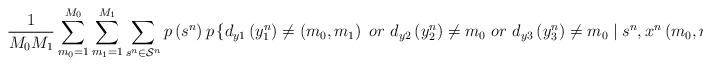
LaTeX: \begin{align*}\frac{1}{M_0M_1}\sum_{m_0=1}^{M_0}\sum_{m_1=1}^{M_1} \sum_{s^n\in \mathcal{S}^n} p\left(s^n\right) p \left\{ d_{y1}\left(y_1^n\right)\neq \left(m_0, m_1\right) ~or~ d_{y2}\left(y_2^n\right)\neq m_0 ~or~ d_{y3}\left(y_3^n\right)\neq m_0 \mid s^n,x^n \left( m_0,m_1,s^n\right)\right\}\leq \epsilon. \end{align*}